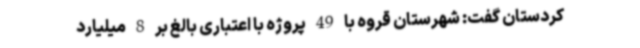
کردستان گفت: شهرستان قروه با 49 پروژه با اعتباری بالغ بر 8 میلیارد